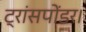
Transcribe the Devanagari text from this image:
ट्रांसपोंडर।